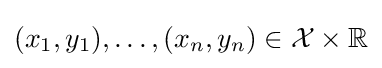
(x_{1},y_{1}),\dotsc ,(x_{n},y_{n})\in {\mathcal {X}}\times \mathbb {R}